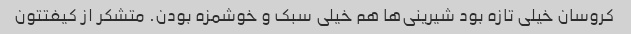
کروسان خیلی تازه بود شیرینی‌ها هم خیلی سبک و خوشمزه بودن. متشکر از کیفتتون